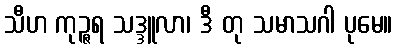
သီဟ ကုဉ္ဇရ သဒ္ဒူလာ၊ ဒီ တု သမာသဂါ ပုမေ။